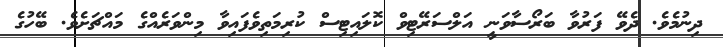
ދިނުމެވެ. ދެވޭ ފަރުވާ ބަރޯސާވަނީ އަލްސަރޭޓިވް ކޮލައިޓިސް ކުރިމަތިވެފައިވާ މިންވަރެއްގެ މައްޗަށެވެ. ބޭހުގެ